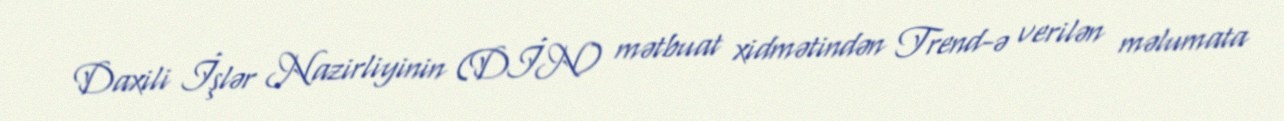
Daxili İşlər Nazirliyinin (DİN) mətbuat xidmətindən Trend-ə verilən məlumata